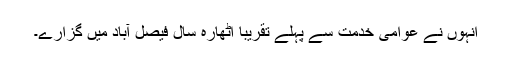
انہوں نے عوامی خدمت سے پہلے تقریباً اٹھارہ سال فیصل آباد میں گزارے۔